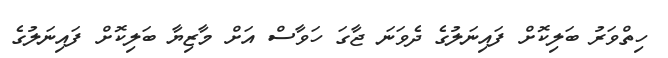
ހިތްވަރު ބަލިކޮށް ފައިނަލުގެ ދެވަނަ ޖާގަ ހަވާސް އަށް މާޒިޔާ ބަލިކޮށް ފަައިނަލުގެ